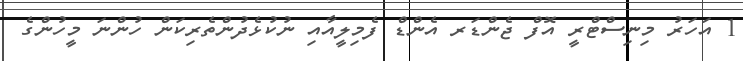
1 އަހަރު މިނިސްޓްރީ އޮފް ޖެންޑަރ އެންޑް ފެމިލީއާއި ނުކުޅެދުންތެރިކަން ހުންނަ މީހުންގެ